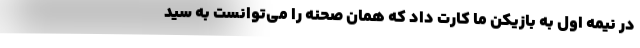
در نیمه اول به بازیکن ما کارت داد که همان صحنه را می‌توانست به سید